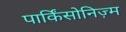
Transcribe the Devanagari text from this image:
पार्किंसोनिज़्म